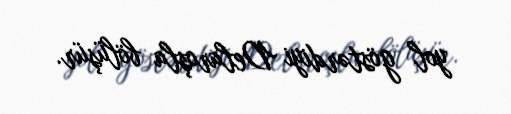
yol göstərdiyi Delaroşla bölüşür.